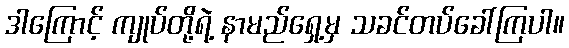
ဒါကြောင့် ကျုပ်တို့ရဲ့ နာမည်ရှေ့မှ သခင်တပ်ခေါ်ကြပါ။